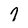
Character: 7